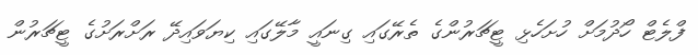
ފްލެޓް ހޯދުމަށް ހުށަހެޅި ޓީޗަރުންގެ ތެރޭގަައި ގިނައީ މާލޭގައި ކިޔަވައިދޭ ރަށްރަށުގެ ޓީޗަރުން